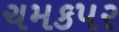
ચમકપર